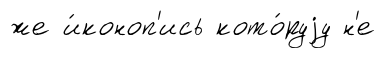
же и́коноп'ись кото́руjу н'е